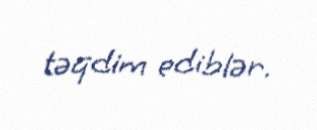
təqdim ediblər.